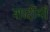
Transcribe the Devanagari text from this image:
शादीयाॅं